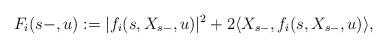
LaTeX: \begin{align*}F_i(s-,u):=|f_i(s,X_{s-},u)|^2+2\langle X_{s-},f_i(s,X_{s-},u)\rangle,\end{align*}